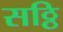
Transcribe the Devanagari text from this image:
सठ्ठि